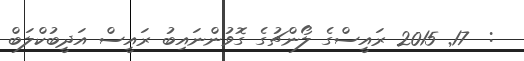
:  17